Annual vaccination report of Bihar and Orissa - 1911-1928
Year: 1911
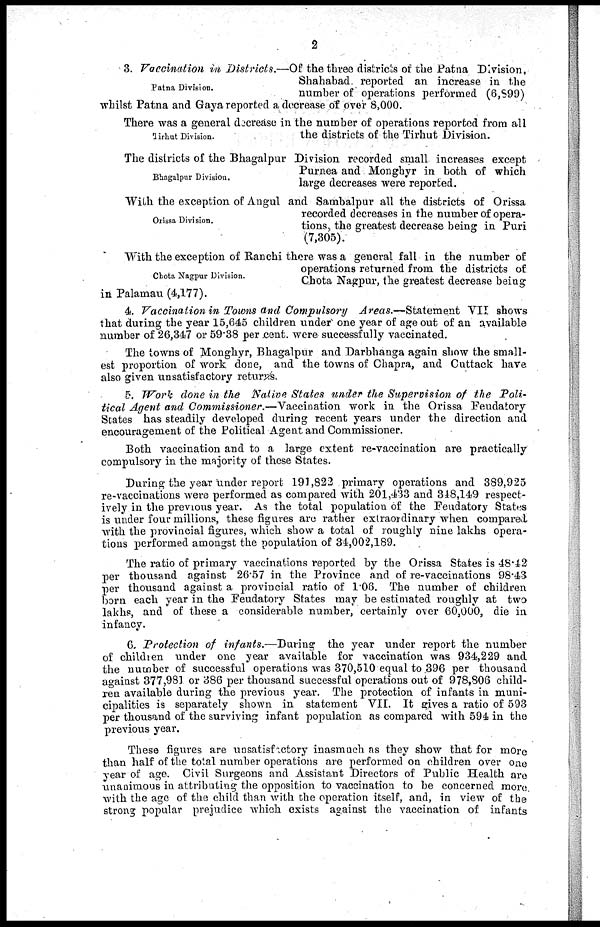
2
Patna Division.
3. Vaccination in Districts.—Of the three districts of the Patna Division,
Shahabad. reported an increase in the
number of operations performed (6,899)
whilst Patna and Gaya reported a decrease of over 8,000.
Tirhut Division.
There was a general decrease in the number of operations reported from all
the districts of the Tirhut Division.
Bhagalpur Division.
The districts of the Bhagalpur Division recorded small increases except
Purnea and Monghyr in both of which
large decreases were reported.
Orissa Division.
With the exception of Angul and Sambalpur all the districts of Orissa
recorded decreases in the number of opera-
tions, the greatest decrease being in Puri
(7,305).
Chota Nagpur Division.
With the exception of Ranchi there was a general fall in the number of
operations returned from the districts of
Chota Nagpur, the greatest decrease being
in Palamau (4,177).
4. Vaccination in Towns and Compulsory Areas.—Statement
VII shows
that during the year 15,645 children under one year of age out of an available
number of 26,347 or 59.38 per cent. were successfully vaccinated.
The towns of Monghyr, Bhagalpur and Darbhanga again show the small-
est proportion of work done, and the towns of Chapra, and Cuttack have
also given unsatisfactory returns.
5. Work done in the Native States under the Supervision of the Poli-
tical Agent and Commissioner.—Vaccination work in the Orissa Feudatory
States has steadily developed during recent years under the direction and
encouragement of the Political Agent and Commissioner.
Both vaccination and to a large extent re-vaccination are practically
compulsory in the majority of these States.
During the year under report 191,822 primary operations and 389,925
re-vaccinations were performed as compared with 201,433 and 348,149 respect-
ively in the previous year. As the total population of the Feudatory States
is under four millions, these figures are rather extraordinary when compared
with the provincial figures, which show a total of roughly nine lakhs opera-
tions performed amongst the population of 34,002,189.
The ratio of primary vaccinations reported by the Orissa States is 48.42
per thousand against 26.57 in the Province and of re-vaccinations 98.43
per thousand against a provincial ratio of 1.06. The number of children
born each year in the Feudatory States may be estimated roughly at two
lakhs, and of these a considerable number, certainly over 60,000, die in
infancy.
6. Protection of infants.—During
the year under report the number
of children under one year available for vaccination was 934,229 and
the number of successful operations was 370,510 equal to 396 per thousand
against 377,981 or 386 per thousand successful operations out of 978,806 child-
ren available during the previous year. The protection of infants in muni-
cipalities is separately shown in statement VII. It gives a ratio of 593
per thousand of the surviving infant population as compared with 594 in the
previous year.
These figures are unsatisfactory inasmuch as they show that for more
than half of the total number operations are performed on children over one
year of age. Civil Surgeons and Assistant Directors of Public Health are
unanimous in attributing the opposition to vaccination to be concerned more.
with the age of the child than with the operation itself, and, in view of the
strong popular prejudice which exists against the vaccination of infants